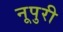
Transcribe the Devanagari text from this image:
नूपुरी